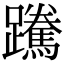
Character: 䠮